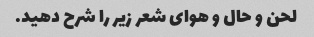
لحن و حال و هوای شعر زیر را شرح دهید.